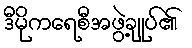
ဒီမိုကရေစီအဖွဲ့ချုပ်၏